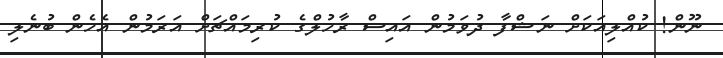
ނޫން! ކުއްލިއަކަށް ނަޝްފާ ދުވަމުން އައިސް ރާހުލްގެ ކުރިމައްޗަށް އަރަމުން އެހެން ބުނެލި